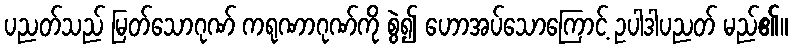
ပညတ်သည် မြတ်သောဂုဏ် ကရုဏာဂုဏ်ကို စွဲ၍ ဟောအပ်သောကြောင့် ဥပါဒါပညတ် မည်၏။